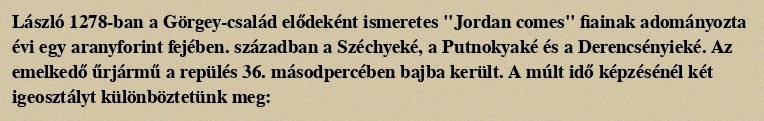
László 1278-ban a Görgey-család elődeként ismeretes "Jordan comes" fiainak adományozta évi egy aranyforint fejében. században a Széchyeké, a Putnokyaké és a Derencsényieké. Az emelkedő űrjármű a repülés 36. másodpercében bajba került. A múlt idő képzésénél két igeosztályt különböztetünk meg: